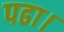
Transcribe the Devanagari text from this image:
पढा।